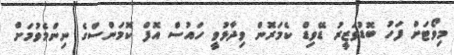
މިވޯޓަށް ފަހު ބޮޑުވަޒީރު ޑޭވިޑް ކެމަރޮން ވިދާޅުވީ ހައުސް އޮފް ކޮމަންސްގެ ނިންމެވުމަށް